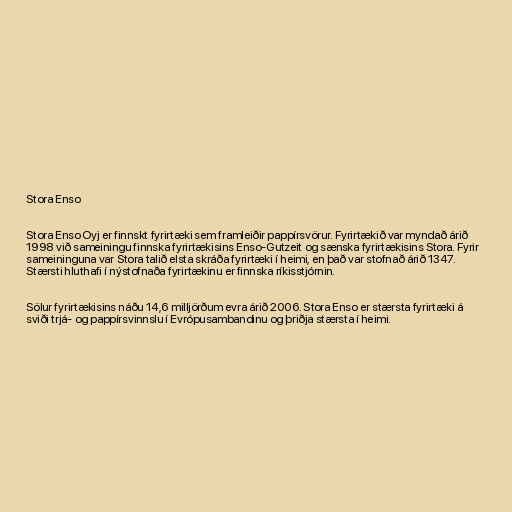
Stora Enso

Stora Enso Oyj er finnskt fyrirtæki sem framleiðir pappírsvörur. Fyrirtækið var myndað árið
1998 við sameiningu finnska fyrirtækisins Enso-Gutzeit og sænska fyrirtækisins Stora. Fyrir
sameininguna var Stora talið elsta skráða fyrirtæki í heimi, en það var stofnað árið 1347.
Stærsti hluthafi í nýstofnaða fyrirtækinu er finnska ríkisstjórnin.

Sölur fyrirtækisins náðu 14,6 milljörðum evra árið 2006. Stora Enso er stærsta fyrirtæki á
sviði trjá- og pappírsvinnslu í Evrópusambandinu og þriðja stærsta í heimi.